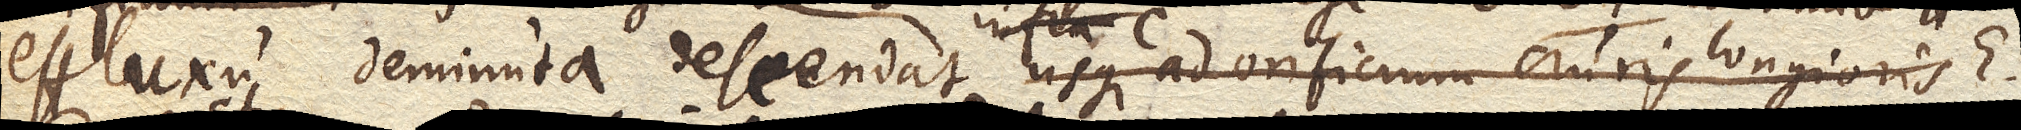
effluxu deminuta descendat